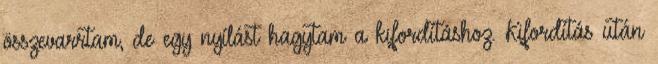
összevarrtam, de egy nyílást hagytam a kifordításhoz. Kifordítás után